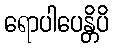
ရောပါပေန္တိပိ